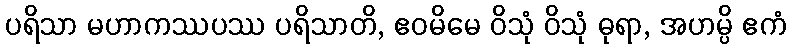
ပရိသာ မဟာကဿပဿ ပရိသာတိ, ဧဝမိမေ ဝိသုံ ဝိသုံ ဓုရာ, အဟမ္ပိ ဧကံ